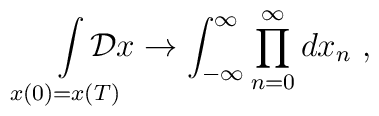
\int\limits_{x(0)=x(T)}\hskip-15pt{\cal D}x  \rightarrow \int_{-\infty}^{\infty} \prod_{n=0}^{\infty}   dx_n ~ ,